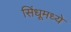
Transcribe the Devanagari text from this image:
सिंधूमध्ये